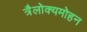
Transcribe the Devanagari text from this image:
त्रैलोक्यमोहन